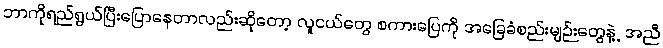
ဘာကိုရည်ရွယ်ပြီးပြောနေတာလည်းဆိုတော့ လူငယ်တွေ စကားပြေကို အခြေခံစည်းမျဉ်းတွေနဲ့့အညီ